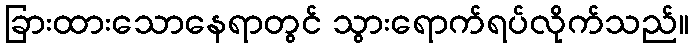
ခြားထားသောနေရာတွင် သွားရောက်ရပ်လိုက်သည်။